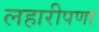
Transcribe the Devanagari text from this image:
लहारीपणा